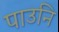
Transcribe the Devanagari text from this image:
पाउनि